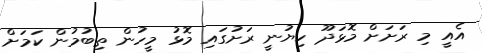
އެއީ މި ރަށަށް މޮޅަދޫ ކިޔުނީ ރަށުގައި މޮޅު މީހުން ތިބުމުން ކަމަށް